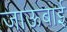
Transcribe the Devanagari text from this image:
जाऊबाई